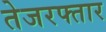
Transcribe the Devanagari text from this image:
तेजरफ्तार